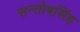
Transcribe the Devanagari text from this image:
सन्तोषसिंह